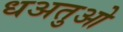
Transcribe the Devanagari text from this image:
धअतुओ